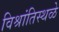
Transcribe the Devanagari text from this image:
विश्रांतिस्थळे